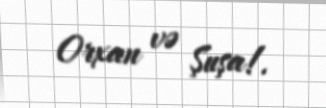
Orxan və Şuşa!.